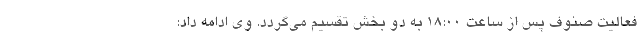
فعالیت صنوف پس از ساعت ۱۸:۰۰ به دو بخش تقسیم می‌گردد. وی ادامه داد: